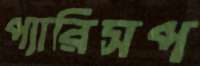
প্যারিসপ